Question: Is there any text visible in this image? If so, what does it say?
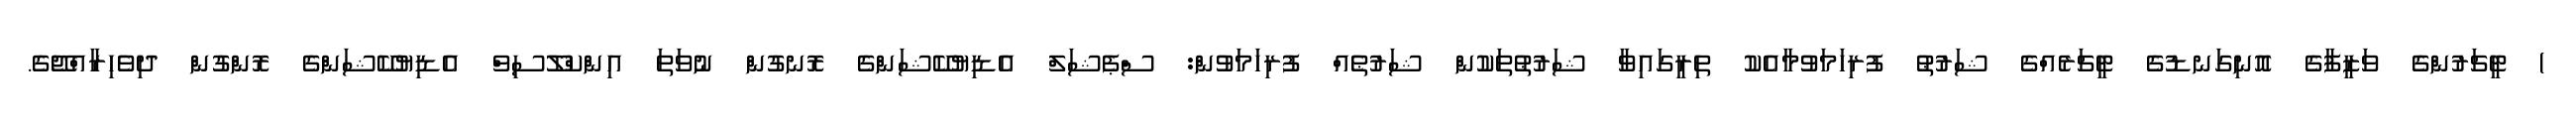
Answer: ) ޓީޗަރުންގެ ވަޒީފާގެ އޮނިގަނޑުގެ ޓީޗަރެއްގެ ޝަރުޠު ފުރިހަމަވުމާއެކު ތިރީގައިވާ ޝަރުޠުތަކުން ޝަރުޠެއް ފުރިހަމަވުން: ސްޕެޝަލް އެޑިޔުކޭޝަންގެ ރޮނގުން ނުވަތަ އިންކްލޫސިވް އެޑިޔުކޭޝަންގެ ރޮންގުން ދިވެހިރާއްޖޭގެ.